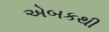
એબકથી